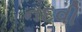
નદવી